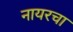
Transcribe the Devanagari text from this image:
नायरचा